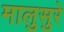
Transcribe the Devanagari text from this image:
मालुसुरे